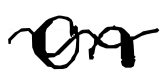
Text: on
Cross-out: mix
Writing tool: digital_black